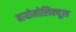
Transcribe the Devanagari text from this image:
बायोमोलिक्यूल